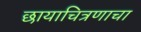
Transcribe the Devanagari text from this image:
छायाचित्रणाचा